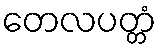
တေလပတ္တံ